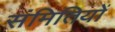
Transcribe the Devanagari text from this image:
संमितियों